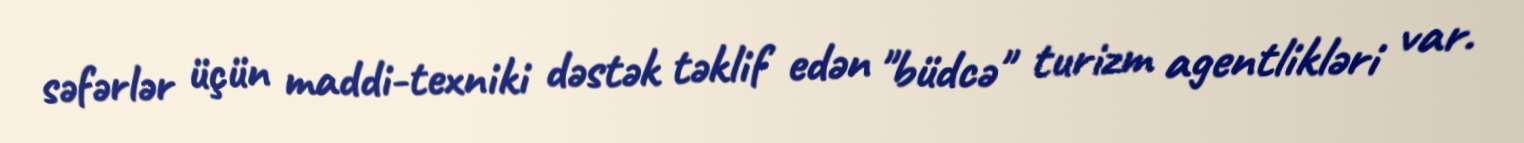
səfərlər üçün maddi-texniki dəstək təklif edən "büdcə" turizm agentlikləri var.